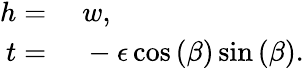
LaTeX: \begin{array}{rl}{h={}}&{{}w,}\\ {t={}}&{{}-\epsilon\cos{(\beta)}\sin{(\beta)}.}\end{array}